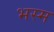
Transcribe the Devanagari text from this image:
भस्‍म